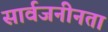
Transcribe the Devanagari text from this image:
सार्वजनीनता